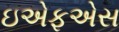
ઇએફએસ